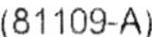
(81109-A)